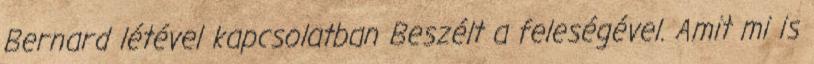
Bernard létével kapcsolatban Beszélt a feleségével. Amit mi is